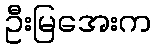
ဦးမြအေးက